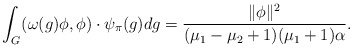
\begin{align*}\int_G(\omega(g)\phi,\phi) \cdot \psi_{\pi}(g)dg=\frac{\|\phi\|^2}{(\mu_1-\mu_2+1)(\mu_1+1)\alpha}.\end{align*}